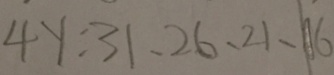
4 y : 3 1 、 2 6 、 2 1 、 1 6